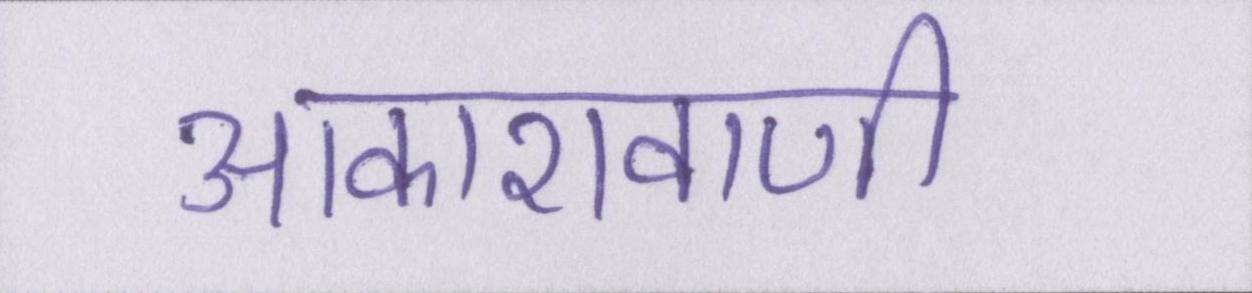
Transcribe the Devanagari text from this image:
आकाशवाणी